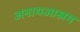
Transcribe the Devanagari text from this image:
अनाथआश्रम